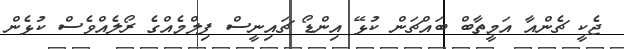
ޖެކީ ޗެންއާ އަމީތާބް ބައްޗަން ކުޅޭ އިންޑޯ ޗައިނީސް ފިލްމެއްގެ ރޯލެއްވެސް ކުޅެން